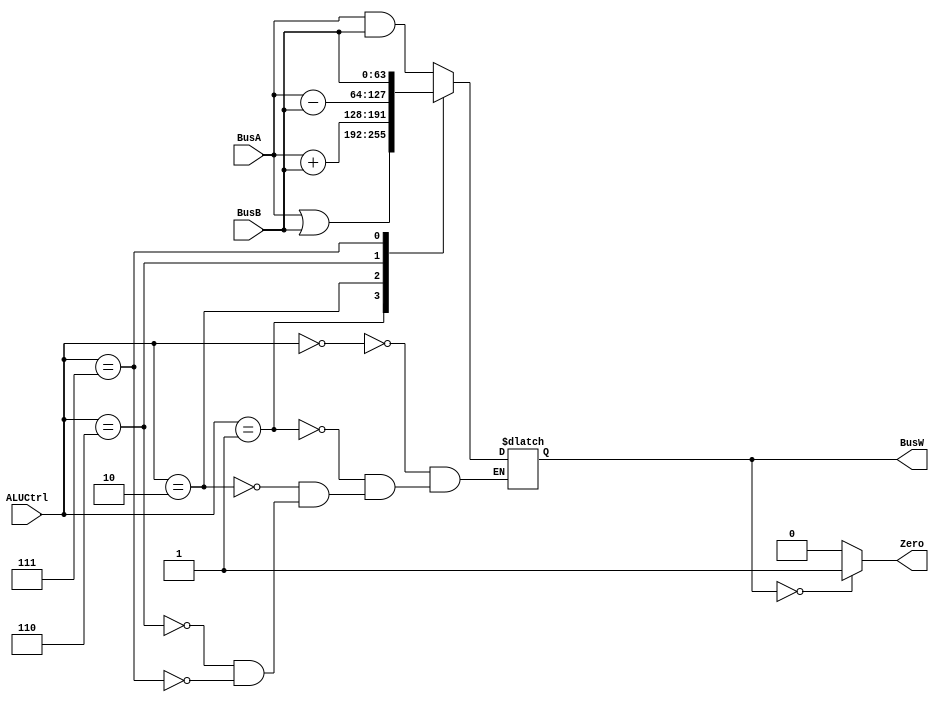
`timescale 1ns / 1ps

`define AND   4'b0000
`define OR    4'b0001
`define ADD   4'b0010
`define SUB   4'b0110
`define PassB 4'b0111


module ALU(BusW, BusA, BusB, ALUCtrl, Zero);
    
    output  [63:0] BusW;
    input   [63:0] BusA, BusB;
    input   [3:0] ALUCtrl;
    output  Zero;
    
    reg     [63:0] BusW;
    
    always @(ALUCtrl or BusA or BusB) begin
        case(ALUCtrl)
            `AND: begin
                BusW = BusA & BusB;
            end
            `OR: begin
                BusW = BusA | BusB;
            end
            `ADD: begin
                BusW = BusA + BusB;
            end
            `SUB: begin
                BusW = BusA - BusB;
            end
            `PassB: begin
                BusW = BusB;
            end
        endcase
    end

    assign Zero = (BusW == 0) ? 1'b1 : 1'b0;
endmodule